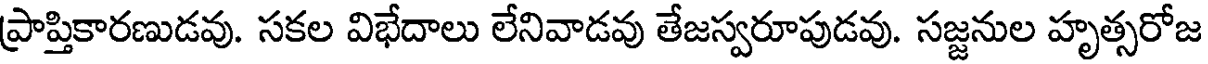
ప్రాప్తికారణుడవు. సకల విభేదాలు లేనివాడవు తేజస్వరూపుడవు. సజ్జనుల హృత్సరోజ